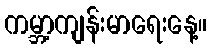
ကမ္ဘာ့ကျန်းမာရေးနေ့။